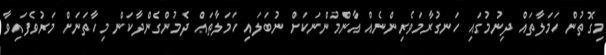
މިގޮތުން ހަމަލާތައް ދިނުމުގައި ހަނގުރާމަވެރިންނެއް އާންމުންނަކަށް ނުބަލައި ހަމަލާތައް ދެމުންގެންދާކަން މިހާތަނަށް މަރުވެފައިވާ